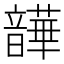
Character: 𫖛